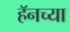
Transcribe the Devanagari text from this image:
हॅनच्या